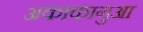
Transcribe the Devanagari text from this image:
अकाकागुआ